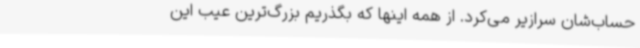
حساب‌شان سرازیر می‌کرد. از همه اینها که بگذریم بزرگ‌ترین عیب این